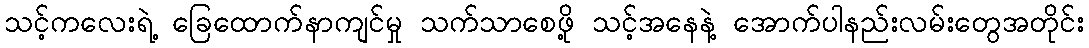
သင့်ကလေးရဲ့ ခြေထောက်နာကျင်မှု သက်သာစေဖို့ သင့်အနေနဲ့ အောက်ပါနည်းလမ်းတွေအတိုင်း